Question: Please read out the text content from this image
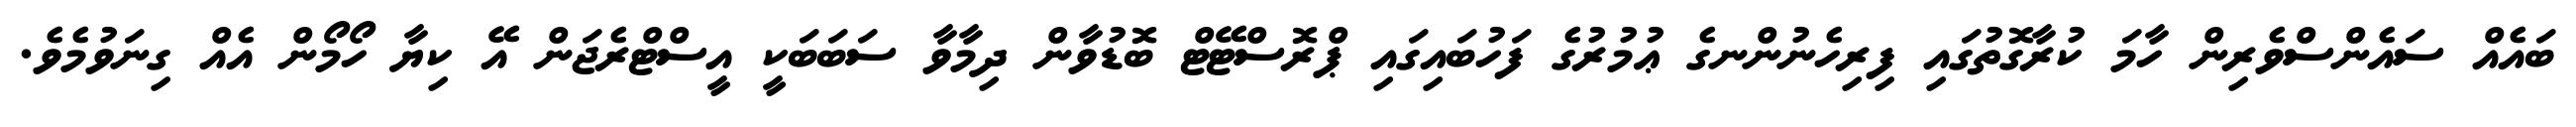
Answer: ބައެއް ސައެންސްވެރިން ހާމަ ކުރާގޮތުގައި ފިރިހެނުންނގެ ޢުމުރުގެ ފަހުބައިގައި ޕްރޮސްޓޭޓް ބޮޑުވާން ދިމާވާ ސަބަބަކީ އީސްޓްރެޖަން އޭ ކިޔާ ހޯމޯން އެއް ގިނަވުމެވެ.